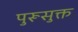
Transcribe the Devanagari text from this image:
पुरूसुक्त